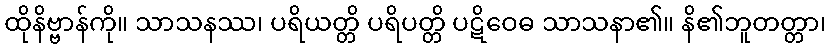
ထိုနိဗ္ဗာန်ကို။ သာသနဿ၊ ပရိယတ္တိ ပရိပတ္တိ ပဋိဝေဓ သာသနာ၏။ နိ၏ဘူတတ္တာ၊